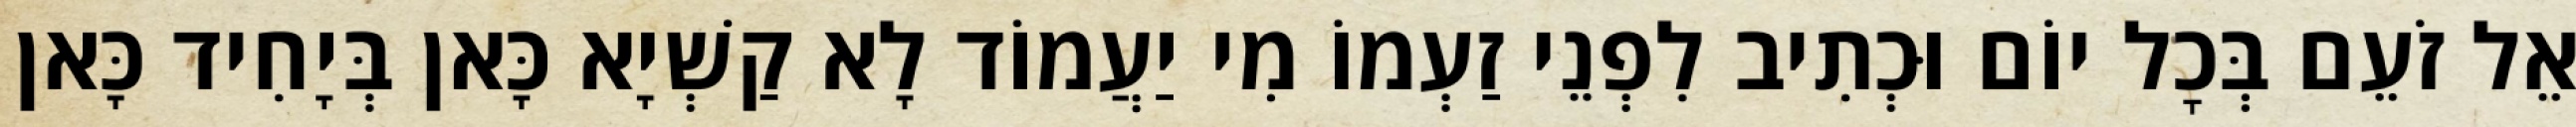
אֵל זֹעֵם בְּכׇל יוֹם וּכְתִיב לִפְנֵי זַעְמוֹ מִי יַעֲמוֹד לָא קַשְׁיָא כָּאן בְּיָחִיד כָּאן